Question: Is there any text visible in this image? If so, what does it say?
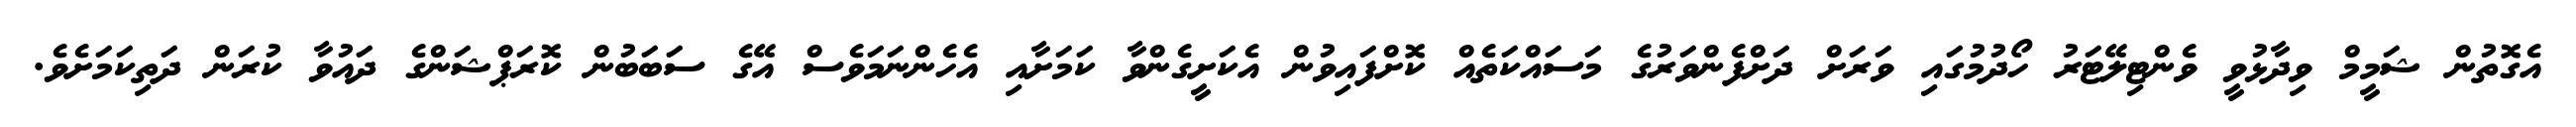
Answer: އެގޮތުން ޝަމީމް ވިދާޅުވީ ވެންޓިލޭޓަރު ހޯދުމުގައި ވަރަށް ދަށްފެންވަރުގެ މަސައްކަތެއް ކޮށްފައިވުން އެކަށީގެންވާ ކަމަށާއި އެހެންނަމަވެސް އޭގެ ސަބަބުން ކޮރަޕްޝަންގެ ދައުވާ ކުރަން ދަތިކަމަށެވެ.